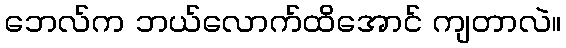
ဘေလ်က ဘယ်လောက်ထိအောင် ကျတာလဲ။